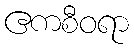
ဧကစီဝရာ